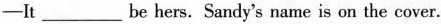
—It ___ be hers. Sandy's name is on the cover.